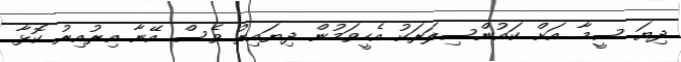
ދިޔަ ސީމާ އަށް ކައުންސިލަރަކު އެހީވަމުން ދިޔައިރު ވެސް އޭނާ އިރުއިރު ކޮޅާ